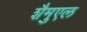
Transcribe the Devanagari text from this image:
शैमुएल